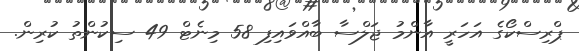
ޕްރިސްކޯގެ އަހަރީ އާންމު ޖަލްސާ ބާއްވައިފި 58 މިނެޓް 49 ސިކުންތު ކުރިން.